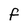
Character: F